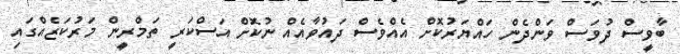
ބާވީސް ދުވަސް ވަންދެން ހައްޔަރުކޮށް އެއްވެސް ދައުވާއެއް ނުކޮށް އަސްކަރީ ތަމްރީން މަރުކަޒެއްގައި